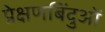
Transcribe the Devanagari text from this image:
प्रेक्षणबिंदुओं